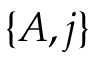
\{ A , j \}